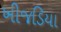
ખીજડિયા